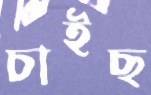
চাইছ